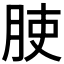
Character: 𱼅